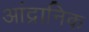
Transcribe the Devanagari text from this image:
आंद्रानिक